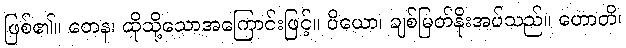
ဖြစ်၏။ တေန၊ ထိုသို့သောအကြောင်းဖြင့်။ ပိယော၊ ချစ်မြတ်နိုးအပ်သည်။ ဟောတိ၊